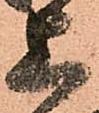
上